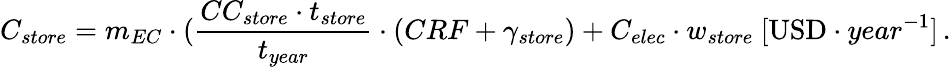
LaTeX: C_{store}=m_{EC}\cdot(\frac{CC_{store}\cdot t_{store}}{t_{year}}\cdot(CRF+\gamma_{store})+C_{elec}\cdot w_{store}\ [\mathrm{USD}\cdot year^{-1}]\, .